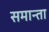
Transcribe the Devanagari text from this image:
समान्ता